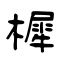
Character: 樨